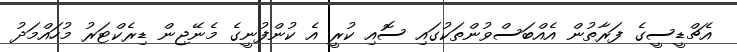
އެޗްޑީސީގެ ފަރާތުން އެއްބަސްވުންތަކުގައި ސޮއި ކުރީ އެ ކުންފުނީގެ މެނޭޖިން ޑިރެކްޓަރު މުހައްމަދު